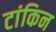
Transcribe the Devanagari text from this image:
टांकिन